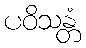
ပဝိသန္တံ